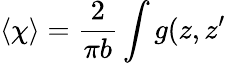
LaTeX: \left\langle\chi\right\rangle=\frac 2{\pi b}\int g(z,z^{\prime}